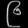
Digit: ၉